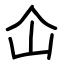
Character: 仚